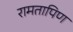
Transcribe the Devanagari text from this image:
रामतापिण